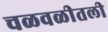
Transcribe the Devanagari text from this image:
चळवळीतली